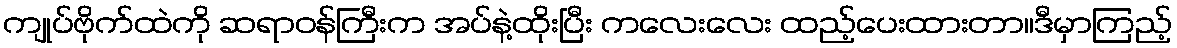
ကျုပ်ဗိုက်ထဲကို ဆရာဝန်ကြီးက အပ်နဲ့ထိုးပြီး ကလေးလေး ထည့်ပေးထားတာ။ဒီမှာကြည့်